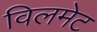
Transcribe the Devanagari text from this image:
विलमेट